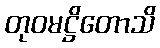
တုဝမဋ္ဌိတောသိ